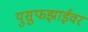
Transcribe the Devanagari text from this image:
युसुफझाईवर